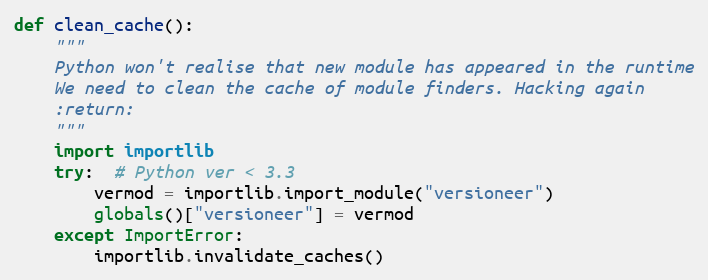
Language: Python
def clean_cache():
    """
    Python won't realise that new module has appeared in the runtime
    We need to clean the cache of module finders. Hacking again
    :return:
    """
    import importlib
    try:  # Python ver < 3.3
        vermod = importlib.import_module("versioneer")
        globals()["versioneer"] = vermod
    except ImportError:
        importlib.invalidate_caches()